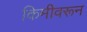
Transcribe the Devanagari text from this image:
किमीवरून